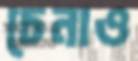
চেনাও